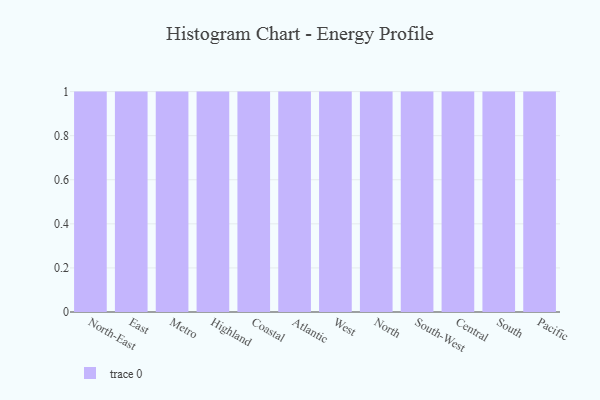
{"axis": {"x": "Region", "y": "Website Visitors"}, "legend": [""], "data": [{"x": "North-East", "y": 67, "type": ""}, {"x": "East", "y": 54, "type": ""}, {"x": "Metro", "y": 4, "type": ""}, {"x": "Highland", "y": 10, "type": ""}, {"x": "Coastal", "y": 68, "type": ""}, {"x": "Atlantic", "y": 72, "type": ""}, {"x": "West", "y": 55, "type": ""}, {"x": "North", "y": 35, "type": ""}, {"x": "South-West", "y": 7, "type": ""}, {"x": "Central", "y": 24, "type": ""}, {"x": "South", "y": 26, "type": ""}, {"x": "Pacific", "y": 5, "type": ""}]}